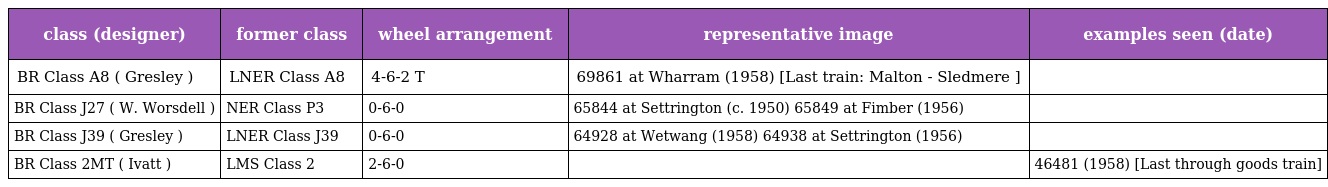
| class (designer) | former class | wheel arrangement | representative image | examples seen (date) |
 | --- | --- | --- | --- | --- |
 | BR Class A8 ( Gresley ) | LNER Class A8 | 4-6-2 T | 69861 at Wharram (1958) [Last train: Malton - Sledmere ] |  |
 | BR Class J27 ( W. Worsdell ) | NER Class P3 | 0-6-0 | 65844 at Settrington (c. 1950) 65849 at Fimber (1956) |  |
 | BR Class J39 ( Gresley ) | LNER Class J39 | 0-6-0 | 64928 at Wetwang (1958) 64938 at Settrington (1956) |  |
 | BR Class 2MT ( Ivatt ) | LMS Class 2 | 2-6-0 |  | 46481 (1958) [Last through goods train] |